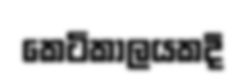
කෙටිකාලයකදී